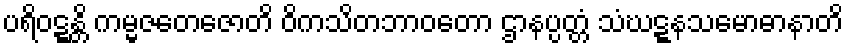
ပရိဝဋ္ဋန္တိ ကမ္မဇတေဇောတိ ဝိကသိတဘာဝတော ဌာနပ္ပတ္တံ သံဃဋ္ဋနသမောဓာနာတိ